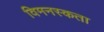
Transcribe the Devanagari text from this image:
विमनस्कता